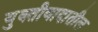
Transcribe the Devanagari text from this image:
युक्तीवादातील